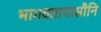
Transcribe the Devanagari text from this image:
भागवतापासौनि